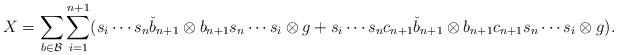
LaTeX: \begin{align*}X = \sum_{b \in \mathcal{B}} \sum_{i=1}^{n+1} (s_i \cdots s_n \check{b}_{n+1} \otimes b_{n+1} s_n \cdots s_i \otimes g + s_i \cdots s_n c_{n+1} \check{b}_{n+1} \otimes b_{n+1} c_{n+1} s_n \cdots s_i \otimes g).\end{align*}